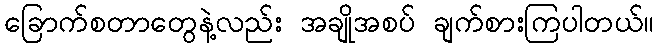
ခြောက်စတာတွေနဲ့လည်း အချိုအစပ် ချက်စားကြပါတယ်။